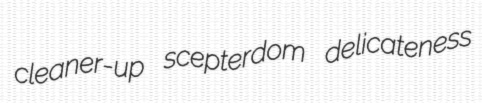
cleaner-up scepterdom delicateness